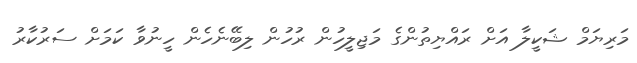
މަރިޔަމް ޝަކީލާ އަށް ރައްޔިތުންގެ މަޖިލީހުން ރުހުން ލިބޭނެހެން ހީނުވާ ކަމަށް ސަރުކާރު